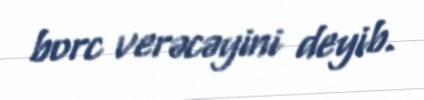
borc verəcəyini deyib.